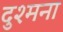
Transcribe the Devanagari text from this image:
दुश्मना